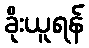
ခိုးယူရန်